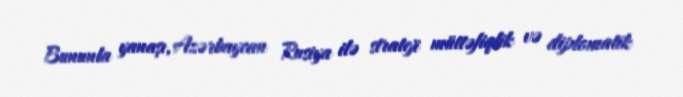
Bununla yanaşı, Azərbaycan Rusiya ilə strateji müttəfiqlik və diplomatik